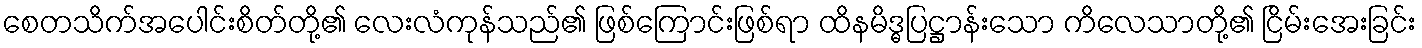
စေတသိက်အပေါင်းစိတ်တို့၏ လေးလံကုန်သည်၏ ဖြစ်ကြောင်းဖြစ်ရာ ထိနမိဒ္ဓပြဋ္ဌာန်းသော ကိလေသာတို့၏ ငြိမ်းအေးခြင်း